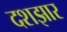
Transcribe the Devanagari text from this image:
दशझार